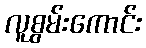
လူစွမ်းကောင်း